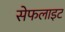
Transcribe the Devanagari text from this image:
सेफलाइट